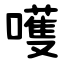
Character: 嚄